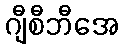
ဂျီစီဘီအေ